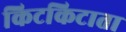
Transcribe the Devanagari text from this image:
किटकिटाता